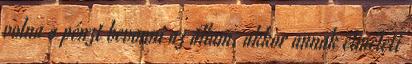
volna a pénzt bevonni az állam, akkor annak elméleti